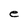
Character: e